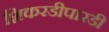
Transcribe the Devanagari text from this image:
शिकरडीपारडी